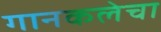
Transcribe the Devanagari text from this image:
गानकलेचा